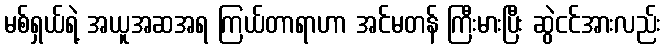
မစ်ရှယ်ရဲ့ အယူအဆအရ ကြယ်တာရာဟာ အင်မတန် ကြီးမားပြီး ဆွဲငင်အားလည်း